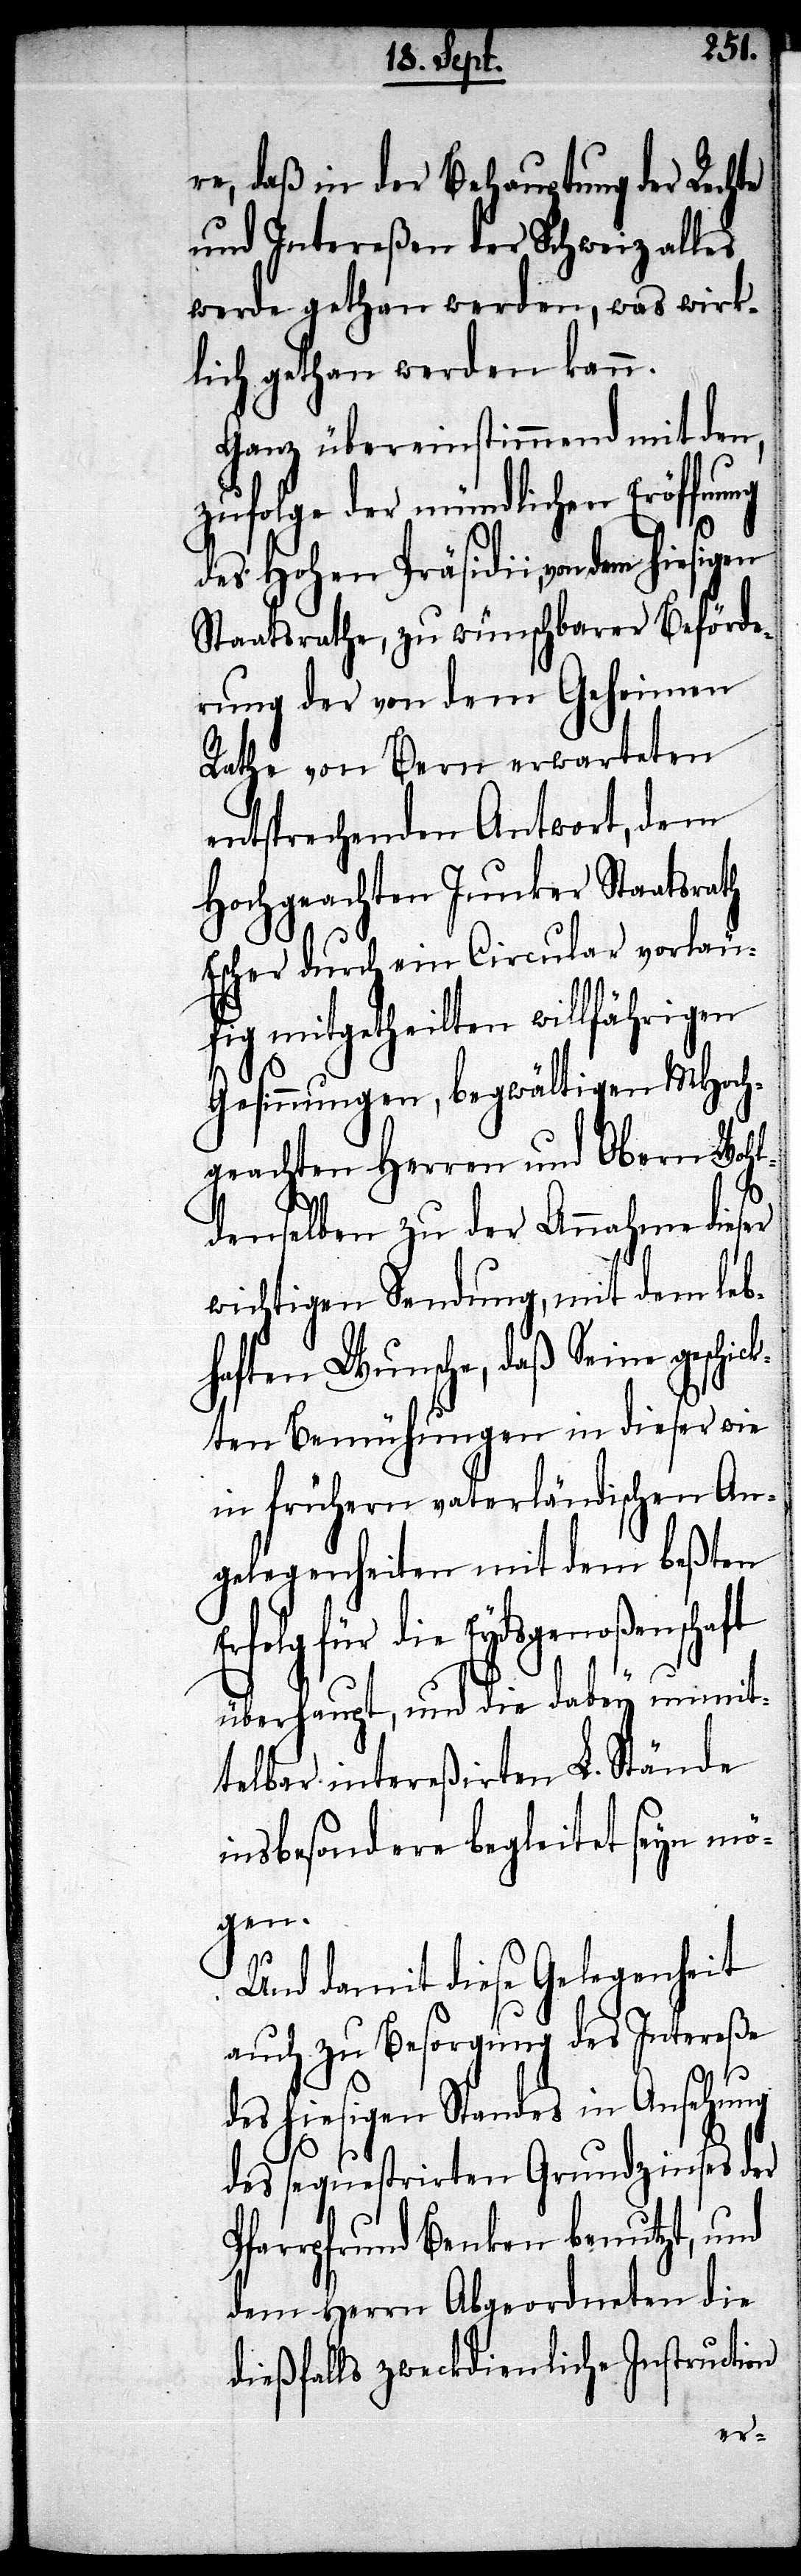
re, daß in der Behauptung der Rechte
und Intereßen der Schweiz alles
werde gethan werden, was wirk¬
lich gethan werden kann.
Ganz übereinstimmend mit den,
zufolge der mündlichen Eröffnung
des hohen Präsidii, von dem
Staatsrathe, zu wünschbarer Beförde¬
rung der von dem Geheimen
Rathe von Bern erwarteten
entsprechenden Antwort, dem
Hochgeachten Junker Staatsrath
Escher durch ein Circular vorläu¬
fig mitgetheilten willfährigen
Gesinnungen, begwältigen MHoch¬
geachten Herren und Obern Wohl¬
ft
denselben zu der Annahme dieser
wichtigen Sendung, mit dem leb¬
haften Wunsche, daß Seine geschic¬
kten Bemühungen in dieser wie
in frühern vaterländischen An¬
gelegenheiten mit dem beßten
rfolg für die Eydsgenoßenscha¬
überhaupt, und die dabey unmit¬
telbar interßirten L. Stände
insbesondere begleite seyn mö¬
gen.
Und damit diese Gelegenheit
auch zu Besorgung des Intereße
des hiesigen Standes in Ansehung
des sequestrirten Grundzinses der
Pfarrpfrund Benken benutzt, und
dem Herrn Abgeordneten die
dießfalls zweckdienliche Instruction